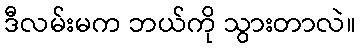
ဒီလမ်းမက ဘယ်ကို သွားတာလဲ။